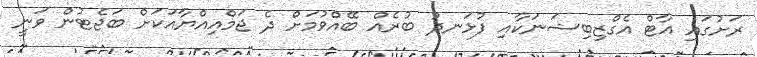
ރަށުގައި އާޓް އެގްޒިބިޝަނަކާއި ފުޅަނދު ބުރެއް ބޭއްވުމަށް ދެ ޖަމްއިއްޔާއަކަށް ބަޖެޓުން ވަނީ